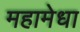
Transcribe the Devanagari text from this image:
महामेधा